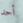
أحد